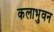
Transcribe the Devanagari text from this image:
कलाभुवन